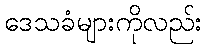
ဒေသခံများကိုလည်း